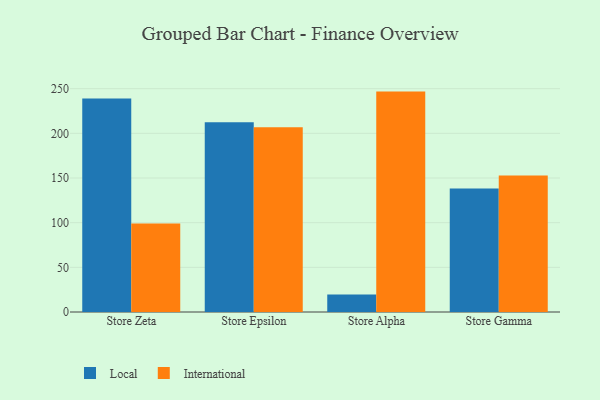
{"axis": {"x": "Store", "y": "Inventory Turnover"}, "legend": ["International", "Local"], "data": [{"x": "Store Zeta", "y": 239.1, "type": "Local"}, {"x": "Store Zeta", "y": 99.2, "type": "International"}, {"x": "Store Epsilon", "y": 212.5, "type": "Local"}, {"x": "Store Epsilon", "y": 206.8, "type": "International"}, {"x": "Store Alpha", "y": 19.6, "type": "Local"}, {"x": "Store Alpha", "y": 246.7, "type": "International"}, {"x": "Store Gamma", "y": 138.2, "type": "Local"}, {"x": "Store Gamma", "y": 152.7, "type": "International"}]}